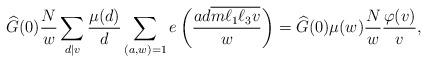
LaTeX: \begin{align*}\widehat{G}(0)\frac{N}{w}\sum_{d \mid v} \frac{\mu(d)}{d}\sum_{(a,w)=1} e \left( \frac{ad \overline{m\ell_1\ell_3 v}}{w} \right) = \widehat{G}(0)\mu(w)\frac{N}{w} \frac{\varphi(v)}{v},\end{align*}